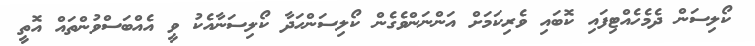
ކޯލިސަން ދެމެހެއްޓިފައި ކޮބައި ވެރިކަމަށް އަންނަންވެގެން ކޯލިސަންހަދާ ކޯލިސަނާއެކު ވީ އެއްބަސްވުންތައް އޮތީ